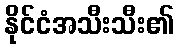
နိုင်ငံအသီးသီး၏